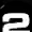
Digit: 2